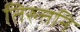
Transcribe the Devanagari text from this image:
तिरुत्तनि